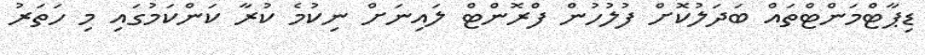
ޑިޕާޓްމަންޓްތައް ބަދަލުކޮށް ފުލުހުން ފްރޮންޓް ލައިނަށް ނިކުމެ ކުރާ ކަންކަމުގައި މި ހަތަރު